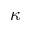
\kappa